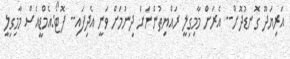
އަރިޔަދޫ ގޮނޑުދޮށް-- އެރަށް މާމިގިލީ ރައްޔިތުންނަށް ދިނުމަށް ވަނީ އެދިފައި-- ފޮޓޯ:އެމްޑީއެސް މާމިގިލީ